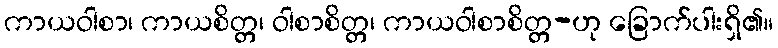
ကာယဝါစာ၊ ကာယစိတ္တ၊ ဝါစာစိတ္တ၊ ကာယဝါစာစိတ္တ-ဟု ခြောက်ပါးရှိ၏။